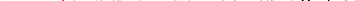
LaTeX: \smash{\nu=\ensuremath{\mathrm{\ textsl{v}}_{0}}^{2}/\upsilon}